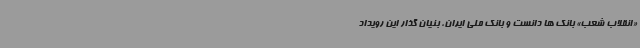
«انقلاب شعب» بانک ها دانست و بانک ملی ایران، بنیان گذار این رویداد